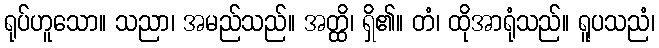
ရုပ်ဟူသော။ သညာ၊ အမည်သည်။ အတ္ထိ၊ ရှိ၏။ တံ၊ ထိုအာရုံသည်။ ရူပသညံ၊